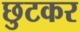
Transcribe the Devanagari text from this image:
छुटकर